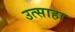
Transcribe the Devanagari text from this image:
उत्साहा